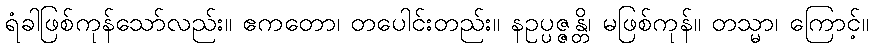
ရံခါဖြစ်ကုန်သော်လည်း။ ဧကတော၊ တပေါင်းတည်း။ နဥပ္ပဇ္ဇန္တိ၊ မဖြစ်ကုန်။ တသ္မာ၊ ကြောင့်။